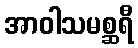
အာဝါသမစ္ဆရီ